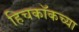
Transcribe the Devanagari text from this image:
हिचकॉकच्या